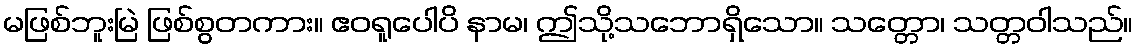
မဖြစ်ဘူးမြဲ ဖြစ်စွတကား။ ဧဝရူပေါပိ နာမ၊ ဤသို့သဘောရှိသော။ သတ္တော၊ သတ္တဝါသည်။